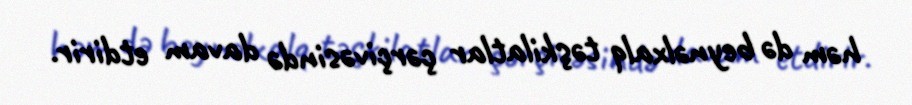
həm də beynəlxalq təşkilatlar çərçivəsində davam etdirir.